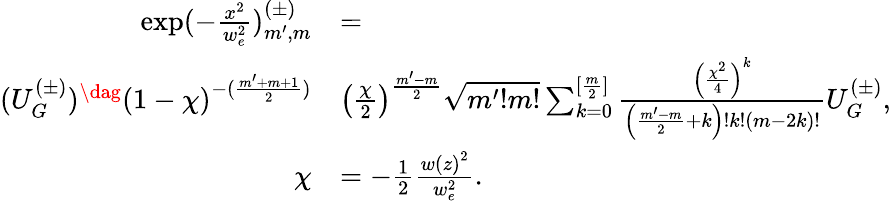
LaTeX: \begin{array}{rl}{\exp(-\frac{x^{2}}{w_{e}^{2}})_{m^{\prime},m}^{(\pm)}}&{=}\\ {(U_{G}^{(\pm)})^{\dag}\left(1-\chi\right)^{-(\frac{m^{\prime}+m+1}{2})}}&{\left(\frac{\chi}{2}\right)^{\frac{m^{\prime}-m}{2}}\sqrt{m^{\prime}!m!}\sum_{k=0}^{[\frac{m}{2}]}\frac{\left(\frac{\chi^{2}}{4}\right)^{k}}{\left(\frac{m^{\prime}-m}{2}+k\right)!k!\left(m-2k\right)!}U_{G}^{(\pm)},}\\ {\chi}&{=-\frac{1}{2}\frac{w\left(z\right)^{2}}{w_{e}^{2}}.}\end{array}